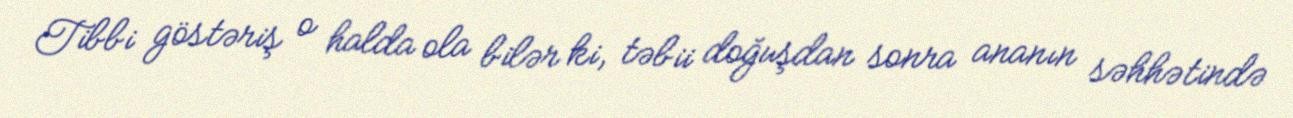
Tibbi göstəriş o halda ola bilər ki, təbii doğuşdan sonra ananın səhhətində